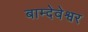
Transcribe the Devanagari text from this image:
बाम्देवेश्वर